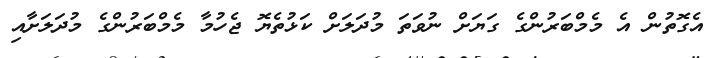
އެގޮތުން އެ މެމްބަރުންގެ ގަޔަށް ނުވަތަ މުދަލަށް ކަޅުތެޔޮ ޖެހުމާ މެމްބަރުންގެ މުދަލަށާއި